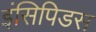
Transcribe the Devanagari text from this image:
इंसिपिडस